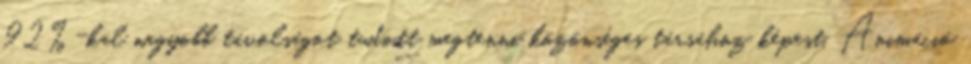
92%-kal nagyobb távolságot tudott megtenni közönséges társához képest. Animáció